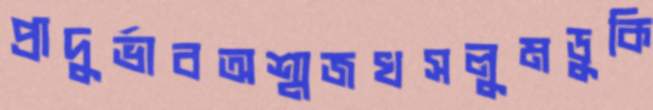
প্রাদুর্ভাবঅশ্মজখসলুমডুকি